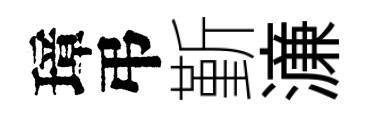
璋弔斳濓